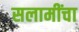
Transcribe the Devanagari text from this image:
सलामींचा